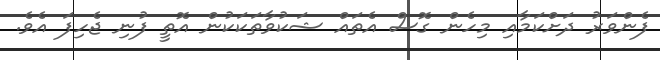
ފެންވަރު ދަށްކަމާއި މިހެން ގޮސް އެތައް ޝަކުވާތަަކަކުން އޮތީ ފުނި ޖެހިފަ އެވެ.